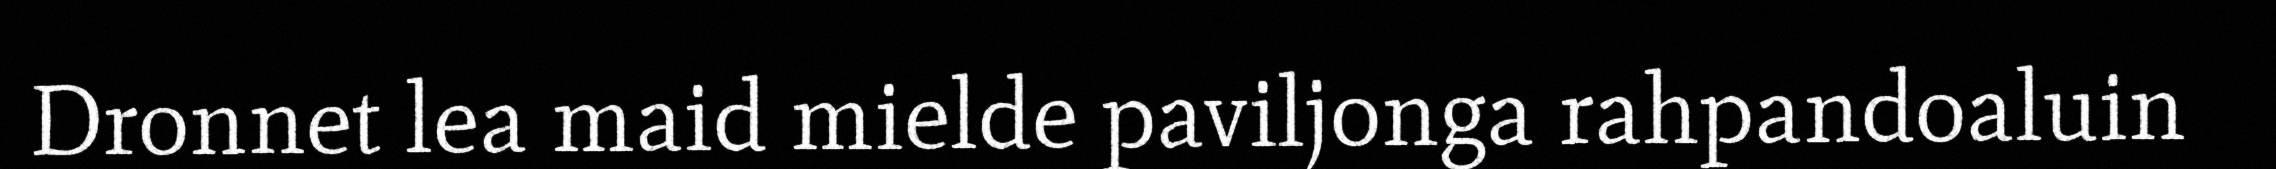
Dronnet lea maid mielde paviljonga rahpandoaluin